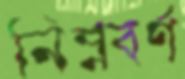
নিম্নবর্ণ